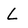
Character: L